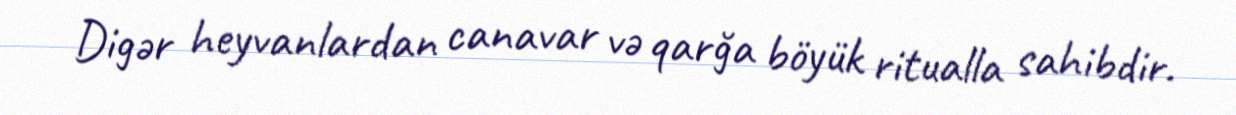
Digər heyvanlardan canavar və qarğa böyük ritualla sahibdir.